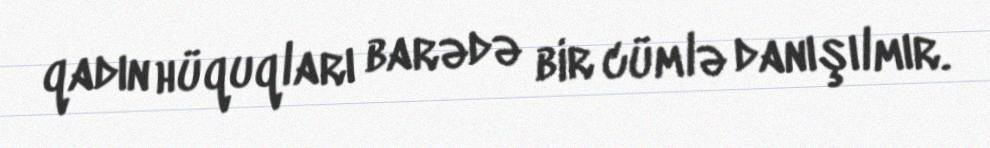
qadın hüquqları barədə bir cümlə danışılmır.